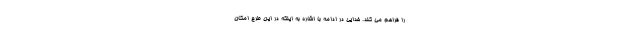
را فراهم می کند. خدایی در ادامه با اشاره به اینکه در این طرح امکان